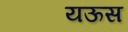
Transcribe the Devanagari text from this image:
यऊस